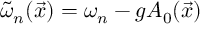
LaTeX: \tilde { \omega } _ { n } ( \vec { x } ) = \omega _ { n } - g A _ { 0 } ( \vec { x } )